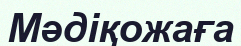
Мәдіқожаға